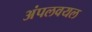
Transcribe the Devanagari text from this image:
अंपलवयल